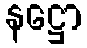
နဋ္ဌော